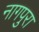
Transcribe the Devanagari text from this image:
नागपुरा